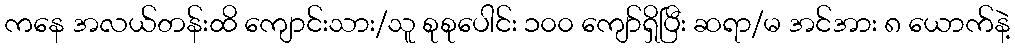
ကနေ အလယ်တန်းထိ ကျောင်းသား/သူ စုစုပေါင်း ၁၀၀ ကျော်ရှိပြီး ဆရာ/မ အင်အား ၈ ယောက်နဲ့